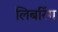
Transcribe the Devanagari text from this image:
लिबरिंग